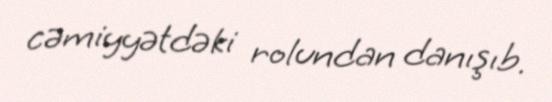
cəmiyyətdəki rolundan danışıb.